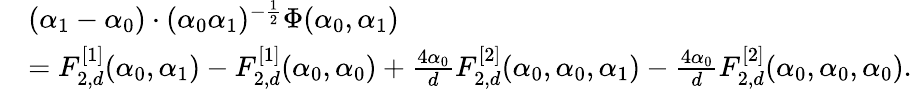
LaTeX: \begin{array}{rl}&{(\alpha_{1}-\alpha_{0})\cdot(\alpha_{0}\alpha_{1})^{-\frac 12}\Phi(\alpha_{0},\alpha_{1})}\\ &{=F_{2,d}^{[1]}(\alpha_{0},\alpha_{1})-F_{2,d}^{[1]}(\alpha_{0},\alpha_{0})+\frac{4\alpha_{0}}{d}F_{2,d}^{[2]}(\alpha_{0},\alpha_{0},\alpha_{1})-\frac{4\alpha_{0}}{d}F_{2,d}^{[2]}(\alpha_{0},\alpha_{0},\alpha_{0}).}\end{array}